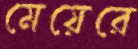
মেয়েরে